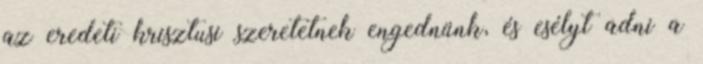
az eredeti krisztusi szeretetnek engednünk, és esélyt adni a